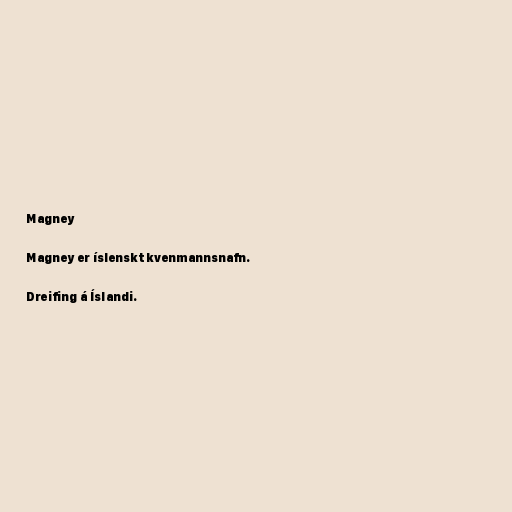
Magney

Magney er íslenskt kvenmannsnafn.

Dreifing á Íslandi.